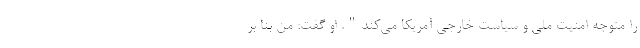
را متوجه امنیت ملی و سیاست خارجی آمریکا می‌کند". او گفت: من بنا بر